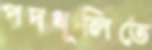
পদধূলিতে